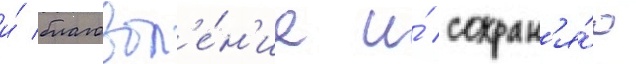
и́ благовол'е́н'ие и́ сохран'я́ю